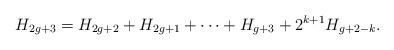
LaTeX: \begin{align*} H_{2g+3}=H_{2g+2}+H_{2g+1}+\dots+H_{g+3}+2^{k+1}H_{g+2-k}.\end{align*}